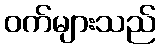
ဝက်များသည်